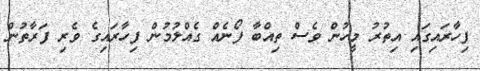
ފިހާރައިގައި އިތުރު މީހުން ވެސް ތިއްބާ ފޯނެއް ގެއްލުމުން ފިހާރައިގެ ވެރި ފަރާތުން